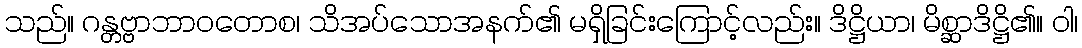
သည်။ ဂန္တဗ္ဗာဘာဝတောစ၊ သိအပ်သောအနက်၏ မရှိခြင်းကြောင့်လည်း။ ဒိဋ္ဌိယာ၊ မိစ္ဆာဒိဋ္ဌိ၏။ ဝါ၊